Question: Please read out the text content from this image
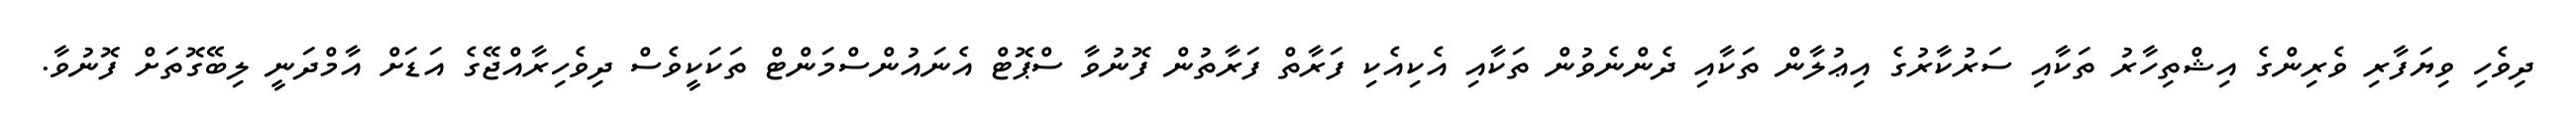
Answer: ދިވެހި ވިޔަފާރި ވެރިންގެ އިޝްތިހާރު ތަކާއި ސަރުކާރުގެ އިޢުލާން ތަކާއި ދެންނެވުން ތަކާއި އެކިއެކި ފަރާތް ފަރާތުން ފޮނުވާ ސްޕޮޓް އެނައުންސްމަންޓް ތަކަކީވެސް ދިވެހިރާއްޖޭގެ އަޑަށް އާމްދަނީ ލިބޭގޮތަށް ފޮނުވާ.